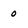
Character: o